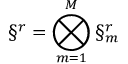
\S ^ { r } = \bigotimes _ { m = 1 } ^ { M } \S _ { m } ^ { r }